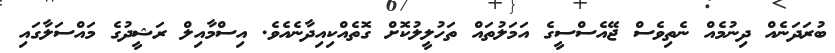
ބުރަދަނެއް ދިނުމެއް ނެތިވެސް ޖޭއެސްސީގެ އަމަލުތައް ތަހުލީލުކޮށް ގޮތެއްކިއިދާނެއެވެ. އިސްމާއިލް ރަޝީދުގެ މައްސަލާގައި